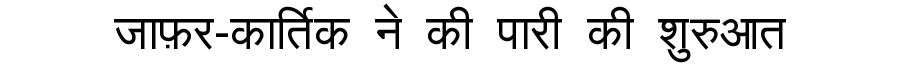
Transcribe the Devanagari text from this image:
जाफ़र-कार्तिक ने की पारी की शुरुआत